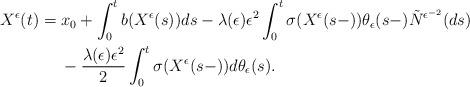
LaTeX: \begin{align*}\begin{aligned}X^{\epsilon}(t)&=x_{0}+\int^{t}_{0}b(X^{\epsilon}(s))ds-\lambda(\epsilon)\epsilon^{2}\int^{t}_{0}\sigma(X^{\epsilon}(s-))\theta_{\epsilon}(s-)\tilde{N}^{\epsilon^{-2}}(ds)\\&\ \ \ \ -\frac{\lambda(\epsilon)\epsilon^{2}}{2}\int_0^t\sigma(X^{\epsilon}(s-))d\theta_{\epsilon}(s).\end{aligned}\end{align*}